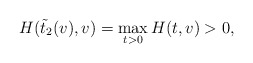
\begin{align*} H(\tilde t_2(v),v) = \max_{t>0} H(t,v) > 0,\end{align*}